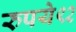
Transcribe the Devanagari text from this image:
रुपये९२